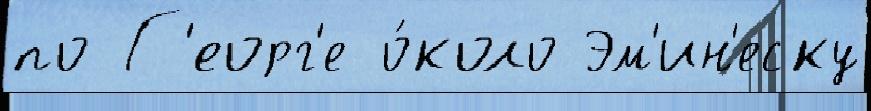
по Г'еорг'е о́коло Эм'ин'еску